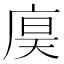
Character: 𪪙